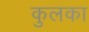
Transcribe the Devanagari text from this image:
कुलका